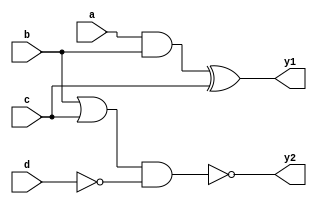
module MultiLevelLogic (
    input wire a,      // Input signal a
    input wire b,      // Input signal b
    input wire c,      // Input signal c
    input wire d,      // Input signal d
    output wire y1,    // Output signal y1
    output wire y2     // Output signal y2
);

// Intermediate signals for multi-level logic
wire ab_and;         // Intermediate signal for AND operation
wire bc_or;          // Intermediate signal for OR operation
wire not_d;          // Intermediate signal for NOT operation
wire xor_ab;         // Intermediate signal for XOR operation
wire nand_bc;        // Intermediate signal for NAND operation

// Level 1: Basic Logic Operations
assign ab_and = a & b;               // AND operation
assign bc_or = b | c;                // OR operation
assign not_d = ~d;                    // NOT operation

// Level 2: Combining Intermediate Signals
assign xor_ab = ab_and ^ c;          // XOR operation
assign nand_bc = ~(bc_or & not_d);   // NAND operation

// Level 3: Final Outputs
assign y1 = xor_ab;                   // Output y1 from XOR operation
assign y2 = nand_bc;                  // Output y2 from NAND operation

endmodule